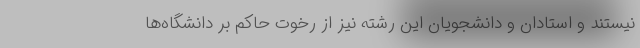
نیستند و استادان و دانشجویان این رشته نیز از رخوت حاکم بر دانشگاه‌ها